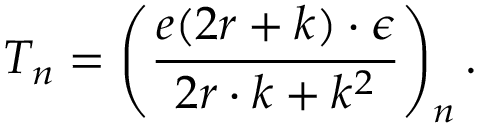
T _ { n } = \left( \frac { e ( 2 r + k ) \cdot \epsilon } { 2 r \cdot k + k ^ { 2 } } \right) _ { n } .